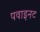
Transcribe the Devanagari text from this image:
पवाइनट